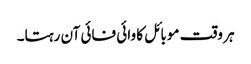
ہر وقت موبائل کا وائی فائی آن رہتا۔